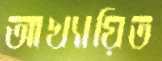
আখ্যায়িত